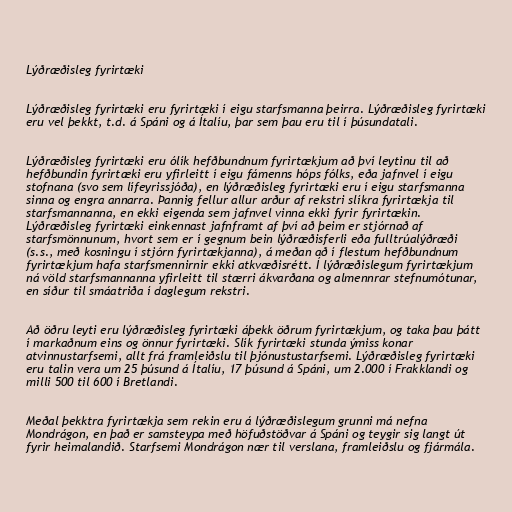
Lýðræðisleg fyrirtæki

Lýðræðisleg fyrirtæki eru fyrirtæki í eigu starfsmanna þeirra. Lýðræðisleg fyrirtæki
eru vel þekkt, t.d. á Spáni og á Ítalíu, þar sem þau eru til í þúsundatali.

Lýðræðisleg fyrirtæki eru ólík hefðbundnum fyrirtækjum að því leytinu til að
hefðbundin fyrirtæki eru yfirleitt í eigu fámenns hóps fólks, eða jafnvel í eigu
stofnana (svo sem lífeyrissjóða), en lýðræðisleg fyrirtæki eru í eigu starfsmanna
sinna og engra annarra. Þannig fellur allur arður af rekstri slíkra fyrirtækja til
starfsmannanna, en ekki eigenda sem jafnvel vinna ekki fyrir fyrirtækin.
Lýðræðisleg fyrirtæki einkennast jafnframt af því að þeim er stjórnað af
starfsmönnunum, hvort sem er í gegnum bein lýðræðisferli eða fulltrúalýðræði
(s.s., með kosningu í stjórn fyrirtækjanna), á meðan að í flestum hefðbundnum
fyrirtækjum hafa starfsmennirnir ekki atkvæðisrétt. Í lýðræðislegum fyrirtækjum
ná völd starfsmannanna yfirleitt til stærri ákvarðana og almennrar stefnumótunar,
en síður til smáatriða í daglegum rekstri.

Að öðru leyti eru lýðræðisleg fyrirtæki áþekk öðrum fyrirtækjum, og taka þau þátt
í markaðnum eins og önnur fyrirtæki. Slík fyrirtæki stunda ýmiss konar
atvinnustarfsemi, allt frá framleiðslu til þjónustustarfsemi. Lýðræðisleg fyrirtæki
eru talin vera um 25 þúsund á Ítalíu, 17 þúsund á Spáni, um 2.000 í Frakklandi og
milli 500 til 600 í Bretlandi.

Meðal þekktra fyrirtækja sem rekin eru á lýðræðislegum grunni má nefna
Mondrágon, en það er samsteypa með höfuðstöðvar á Spáni og teygir sig langt út
fyrir heimalandið. Starfsemi Mondrágon nær til verslana, framleiðslu og fjármála.